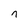
Character: n